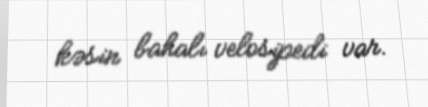
kəsin bahalı velosipedi var.